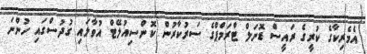
އެެމެރިކާގެ ކުރީގެ ރައީސް ޑޮނަލް ޓްރަމްޕްގެ ސަރުކާރުން ކޮންސިއުލޭޓް އުވާލައި ގުދުސްގައި ހުންނަ